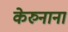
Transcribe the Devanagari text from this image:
केरुनाना